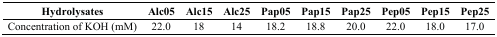
<table><thead><tr><td><b>Hydrolysates</b></td><td><b>Alc05</b></td><td><b>Alc15</b></td><td><b>Alc25</b></td><td><b>Pap05</b></td><td><b>Pap15</b></td><td><b>Pap25</b></td><td><b>Pep05</b></td><td><b>Pep15</b></td><td><b>Pep25</b></td></tr></thead><tbody><tr><td>Concentration of KOH (mM)</td><td>22.0</td><td>18</td><td>14</td><td>18.2</td><td>18.8</td><td>20.0</td><td>22.0</td><td>18.0</td><td>17.0</td></tr></tbody></table>